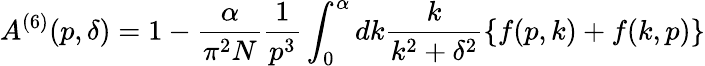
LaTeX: A^{(6)}(p,\delta)=1-\frac{\alpha}{\pi^{2}N}\frac{1}{p^{3}}\int_{0}^{\alpha}dk\frac{k}{k^{2}+\delta^{2}}\{ f(p,k)+f(k,p)\}